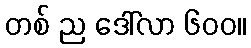
တစ် ည ဒေါ်လာ ၆၀၀။